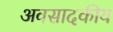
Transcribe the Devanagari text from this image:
अवसादकीय